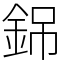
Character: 銱